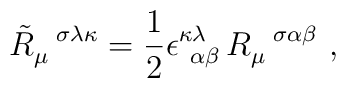
\tilde{R}_{\mu \ \ }^{\ \ \sigma \lambda \kappa }=\frac{1}{2}\epsilon _{\ \\ \ \alpha \beta }^{\kappa \lambda }\,R_{\mu }^{\ \ \sigma \alpha \beta }\ ,